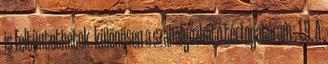
is feltüntethetõk. különösen a szabályozható térfogatáram . 1.9. A